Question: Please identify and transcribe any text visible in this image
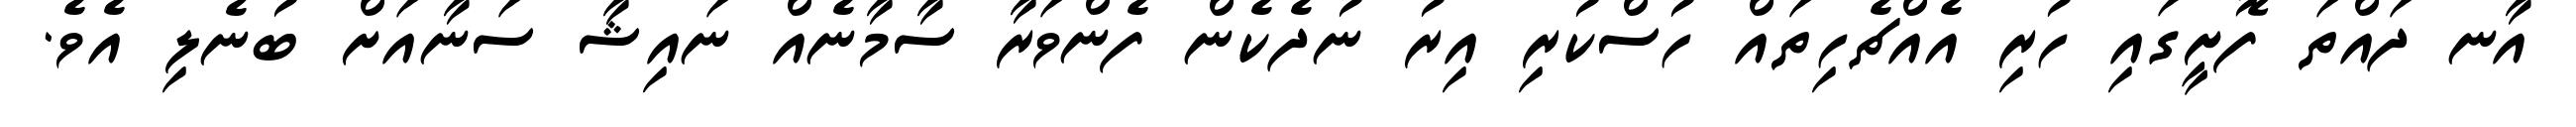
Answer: އާނ ދައްތަ ފޮށީގައި ހުރި އެއްޗެހިތައް ހުސްކުރި އިރު ނުދެކެން ފެންވަރާ ސާމާނެއް ނައިޝާ ސަނާއަށް ބުނެލި އެވެ.